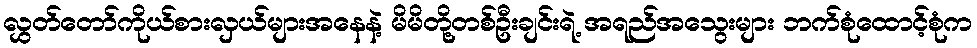
လွှတ်တော်ကိုယ်စားလှယ်များအနေနဲ့ မိမိတို့တစ်ဦးချင်းရဲ့ အရည်အသွေးများ ဘက်စုံထောင့်စုံက